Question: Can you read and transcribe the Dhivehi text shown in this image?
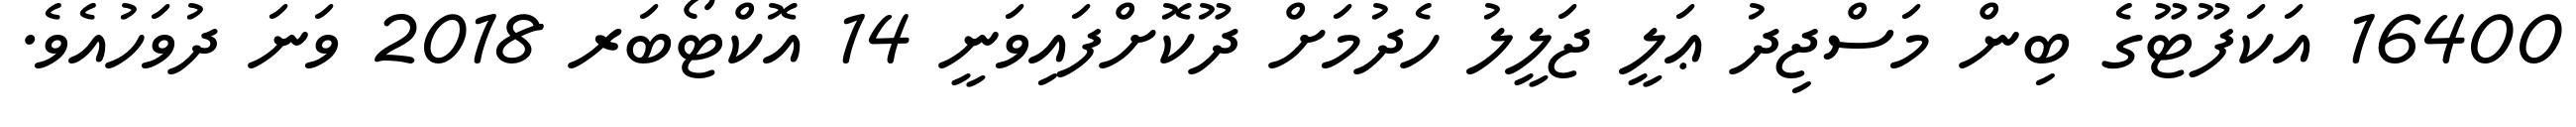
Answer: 16400 އަކަފޫޓޫގެ ބިން މަސްޖިދު ޢަލީ ޖަލީލު ހެދުމަށް ދޫކޮށްފައިވަނީ 14 އޮކްޓޯބަރ 2018 ވަނަ ދުވަހުއެވެ.